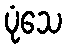
ပုံသေ